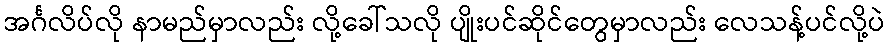
အင်္ဂလိပ်လို နာမည်မှာလည်း လို့ခေါ်သလို ပျိုးပင်ဆိုင်တွေမှာလည်း လေသန့်ပင်လို့ပဲ